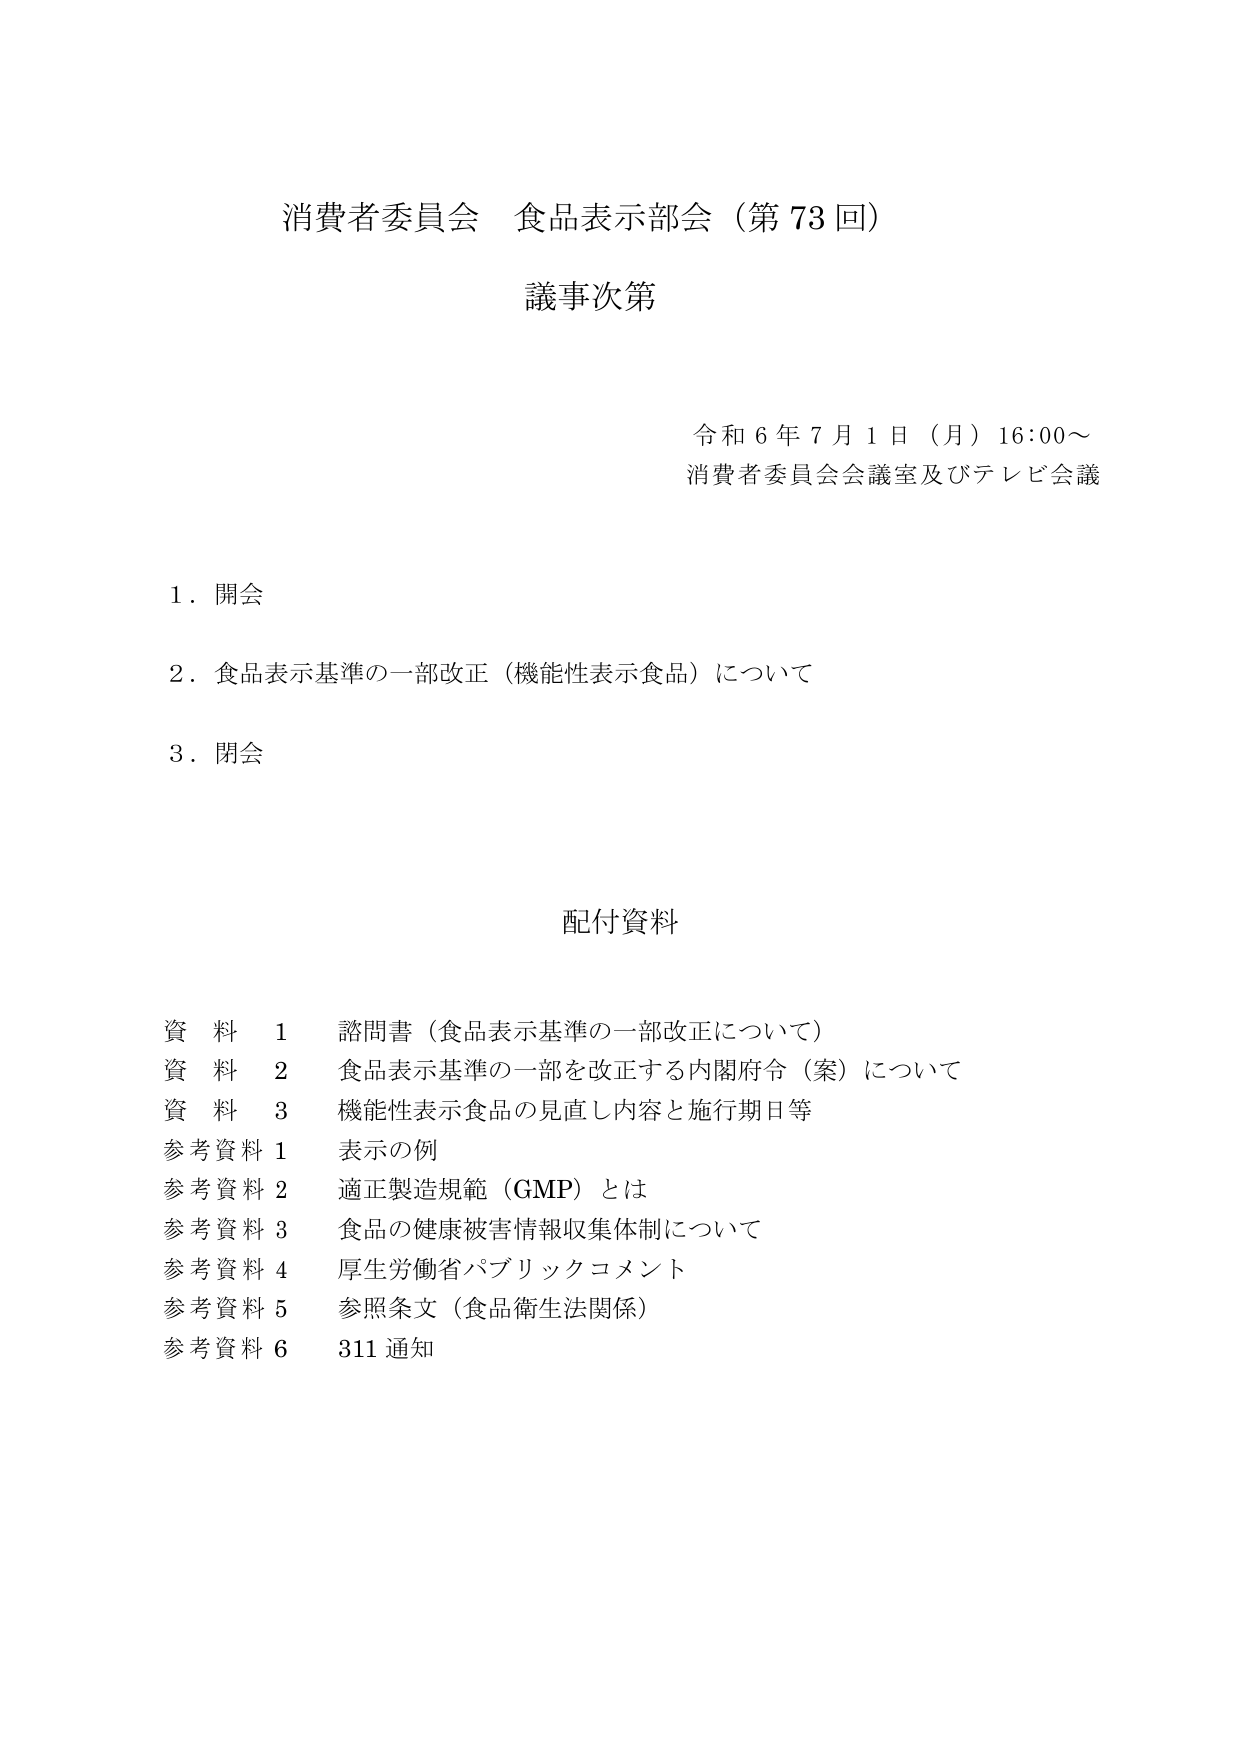
消費者委員会 食品表示部会（第73回）
議事次第

令和6年7月1日（月）16:00～
消費者委員会会議室及びテレビ会議

1．開会
2．食品表示基準の一部改正（機能性表示食品）について
3．閉会

配付資料

資料1 諮問書（食品表示基準の一部改正について）
資料2 食品表示基準の一部を改正する内閣府令（案）について
資料3 機能性表示食品の見直し内容と施行期日等
参考資料1 表示の例
参考資料2 適正製造規範（GMP）とは
参考資料3 食品の健康被害情報収集体制について
参考資料4 厚生労働省パブリックコメント
参考資料5 参照条文（食品衛生法関係）
参考資料6 311通知